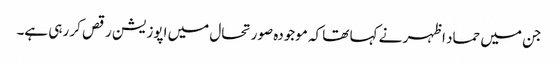
جن میں حماد اظہر نے کہا تھا کہ موجودہ صورتحال میں اپوزیشن رقص کر رہی ہے۔